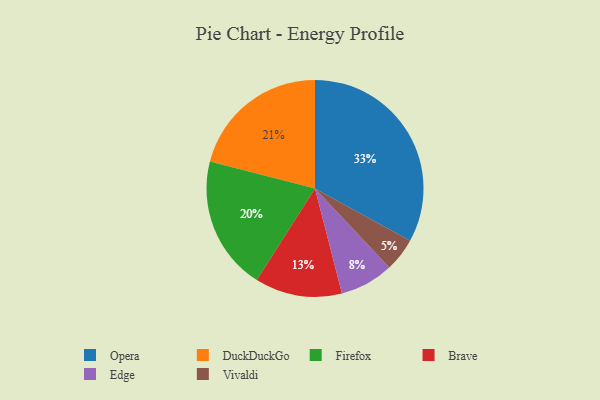
{"axis": {"x": "Category", "y": "Percentage"}, "legend": ["Brave", "DuckDuckGo", "Edge", "Firefox", "Opera", "Vivaldi"], "data": [{"x": "Firefox", "y": 20, "type": "Firefox"}, {"x": "Opera", "y": 33, "type": "Opera"}, {"x": "Vivaldi", "y": 5, "type": "Vivaldi"}, {"x": "Brave", "y": 13, "type": "Brave"}, {"x": "DuckDuckGo", "y": 21, "type": "DuckDuckGo"}, {"x": "Edge", "y": 8, "type": "Edge"}]}